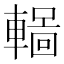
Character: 𨎏